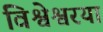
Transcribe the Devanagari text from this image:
विश्वेश्वरया